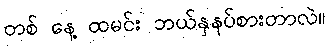
တစ် နေ့ ထမင်း ဘယ်နှနပ်စားတာလဲ။